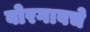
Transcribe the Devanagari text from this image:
बोरगावचे